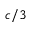
c / 3